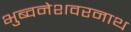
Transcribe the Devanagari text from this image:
भुब्वनेशवरनाथ